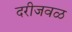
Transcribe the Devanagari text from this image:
दरीजवळ